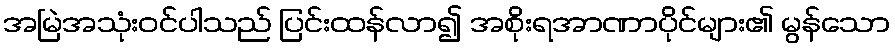
အမြဲအသုံးဝင်ပါသည် ပြင်းထန်လာ၍ အစိုးရအာဏာပိုင်များ၏ မွန်သော